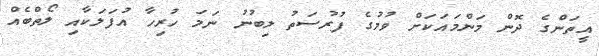
އީތަންގެ ދޮން މަންމައަކަށް ވުމުގެ ފުރުސަތު ލިބުނު ނަމަ ހުރިހާ އުފަލަކާއި ލޯތްބެއް